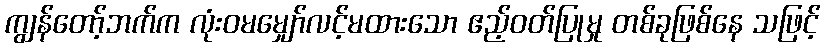
ကျွန်တော့်ဘက်က လုံးဝမမျှော်လင့်မထားသော ဧည့်ဝတ်ပြုမှု တစ်ခုဖြစ်နေ သဖြင့်